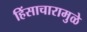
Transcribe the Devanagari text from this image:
हिंसाचारामुळे